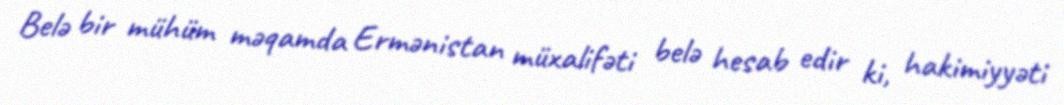
Belə bir mühüm məqamda Ermənistan müxalifəti belə hesab edir ki, hakimiyyəti